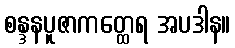
စန္ဒနပူဇာကတ္ထေရ အပဒါန။